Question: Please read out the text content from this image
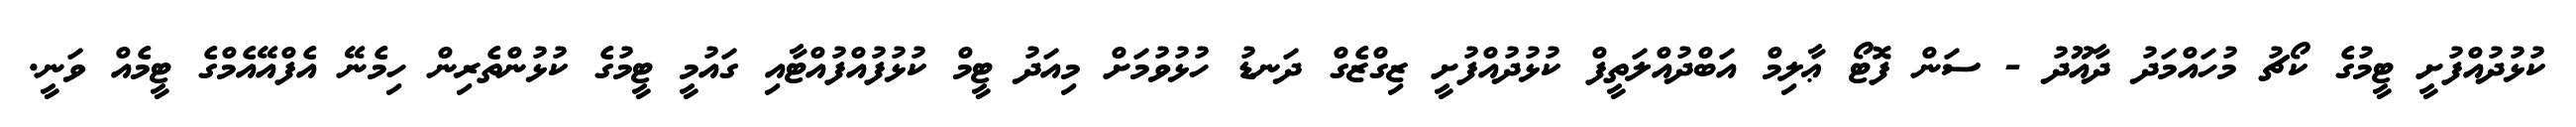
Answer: ކުޅުދުއްފުށީ ޓީމުގެ ކޯޗު މުހައްމަދު ދާއޫދު - ސަން ފޮޓޯ ޢާލިމް އަބްދުއްލަތީފް ކުޅުދުއްފުށީ ޒިގްޒެގް ދަނޑު ހުޅުވުމަށް މިއަދު ޓީމް ކުޅުފުއްފުއްޓާއި ގައުމީ ޓީމުގެ ކުޅުންތެރިން ހިމެނޭ އެފްއޭއެމްގެ ޓީމެއް ވަނީ.